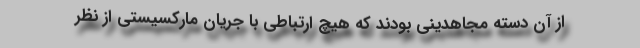
از آن دسته مجاهدینی بودند كه هیچ ارتباطی با جریان ماركسیستی از نظر